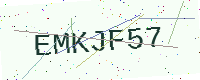
Text: EMKJF57